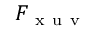
F _ { \mathrm { ~ x ~ u ~ v ~ } }